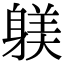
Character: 躾